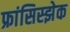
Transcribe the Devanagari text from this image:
फ्रांसिस्झेक